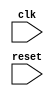
module behavioral_model (
    input wire clk,
    input wire reset,
    // Other input and output ports here
);

always @(posedge reset) begin
    // Define operations based on circuit functionality here
    // Example:
    if (reset) begin
        // Reset operations
    end else begin
        // Other operations
    end
end

// other module contents here

endmodule